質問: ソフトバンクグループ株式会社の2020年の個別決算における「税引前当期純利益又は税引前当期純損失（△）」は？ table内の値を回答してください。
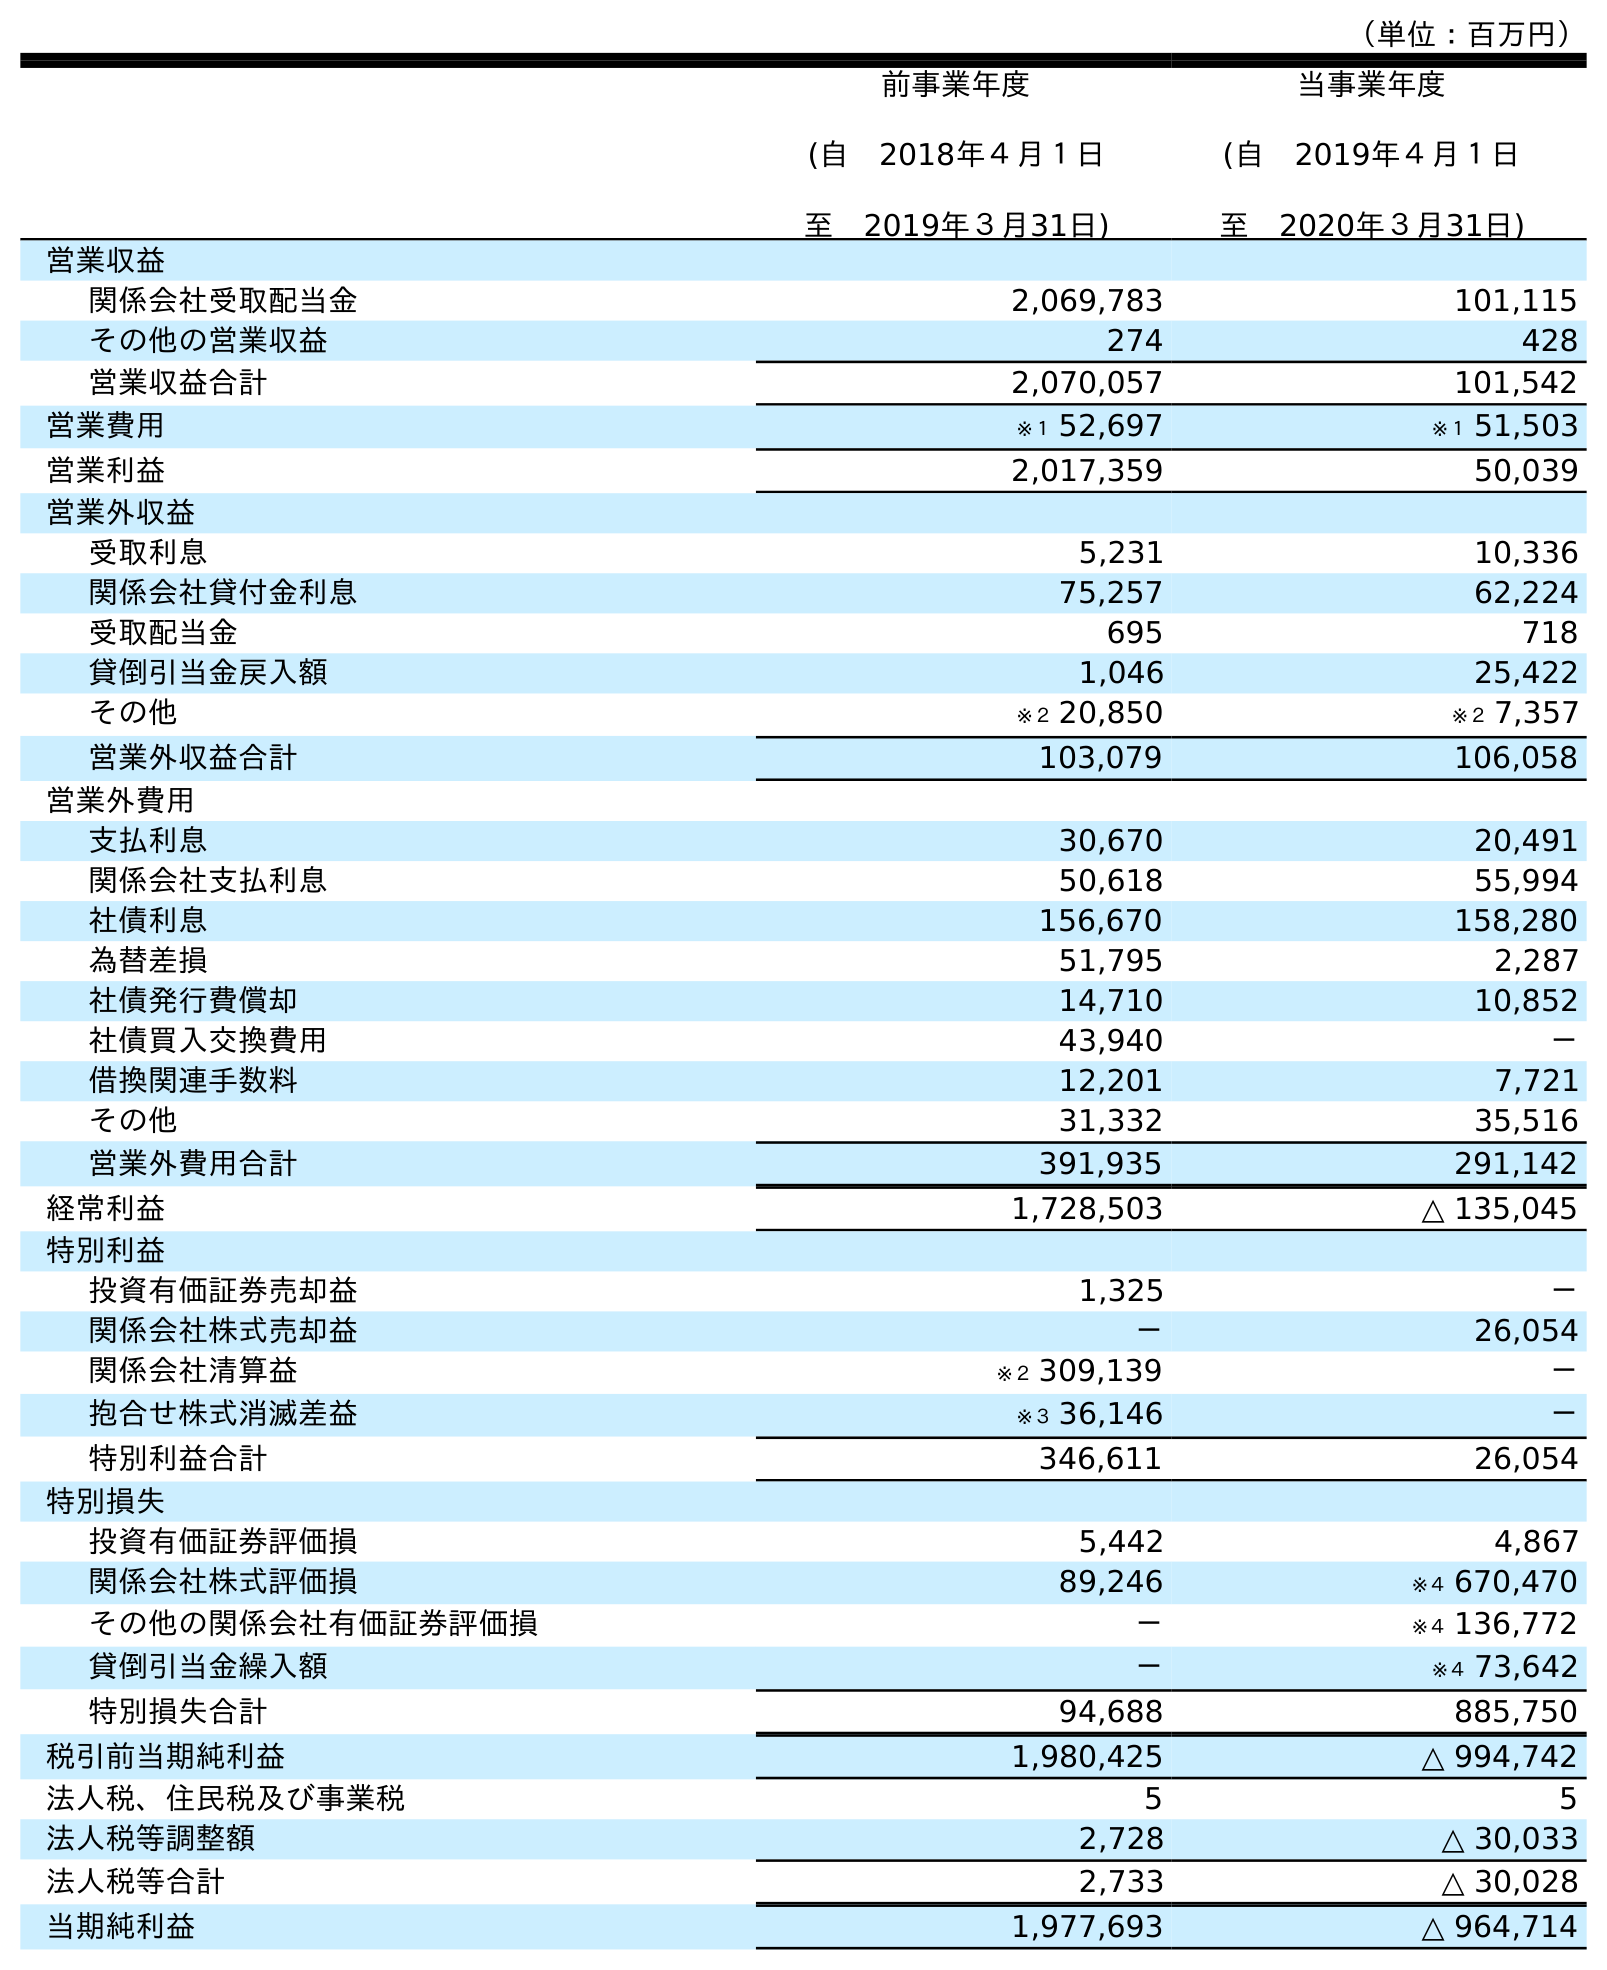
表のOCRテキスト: （単位：百万円） 前事業年度 (自 2018年４月１日 至 2019年３月31日) 当事業年度 (自 2019年４月１日 至 2020年３月31日) 営業収益 関係会社受取配当金 2,069,783 101,115 その他の営業収益 274 428 営業収益合計 2,070,057 101,542 営業費用 ※１ 52,697 ※１ 51,503 営業利益 2,017,359 50,039 営業外収益 受取利息 5,231 10,336 関係会社貸付金利息 75,257 62,224 受取配当金 695 718 貸倒引当金戻入額 1,046 25,422 その他 ※２ 20,850 ※２ 7,357 営業外収益合計 103,079 106,058 営業外費用 支払利息 30,670 20,491 関係会社支払利息 50,618 55,994 社債利息 156,670 158,280 為替差損 51,795 2,287 社債発行費償却 14,710 10,852 社債買入交換費用 43,940 － 借換関連手数料 12,201 7,721 その他 31,332 35,516 営業外費用合計 391,935 291,142 経常利益 1,728,503 △ 135,045 特別利益 投資有価証券売却益 1,325 － 関係会社株式売却益 － 26,054 関係会社清算益 ※２ 309,139 － 抱合せ株式消滅差益 ※３ 36,146 － 特別利益合計 346,611 26,054 特別損失 投資有価証券評価損 5,442 4,867 関係会社株式評価損 89,246 ※４ 670,470 その他の関係会社有価証券評価損 － ※４ 136,772 貸倒引当金繰入額 － ※４ 73,642 特別損失合計 94,688 885,750 税引前当期純利益 1,980,425 △ 994,742 法人税、住民税及び事業税 5 5 法人税等調整額 2,728 △ 30,033 法人税等合計 2,733 △ 30,028 当期純利益 1,977,693 △ 964,714
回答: △994,742